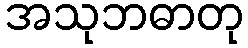
အသုဘဓာတု